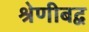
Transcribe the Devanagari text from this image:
श्रेणीबद्व